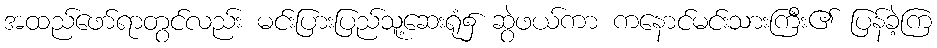
အထည်ဖော်ရာတွင်လည်း မင်းပြားပြည်သူ့ဆေးရုံ၌ ဆွဲဖယ်ကာ ကနောင်မင်းသားကြီး၏ ပြန်ခဲ့ကြ